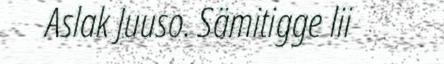
Aslak Juuso. Sämitigge lii